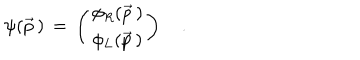
\psi ( \vec { p } \, ) \, = \, \left( \begin{array} { c c } { { \phi _ { R } ( \vec { p } \, ) } } \\ { { \phi _ { L } ( \vec { p } \, ) } } \\ \end{array} \right) \quad .